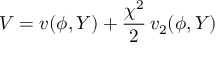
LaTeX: V = v ( \phi , Y ) + \frac { \chi ^ { 2 } } { 2 } \, v _ { 2 } ( \phi , Y )